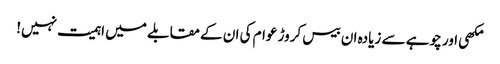
مکھی اور چوہے سے زیادہ ان بیس کروڑ عوام کی ان کے مقابلے میں اہمیت نہیں!